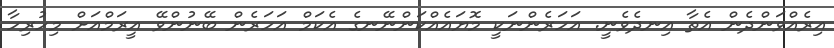
އިރެއްވަންދެން އެތާ އިނދެވެނީ. އަހަރެންނަކީ މޮޔައެއްކަންނޭނގެ އެކަމް އަހަރެން ބޭނުންވޭ އީރަމްއަށް މިހުރިހާ